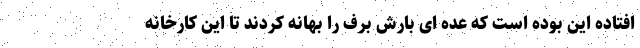
افتاده این بوده است که عده ای بارش برف را بهانه کردند تا این کارخانه